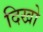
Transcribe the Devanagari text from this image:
दिखो